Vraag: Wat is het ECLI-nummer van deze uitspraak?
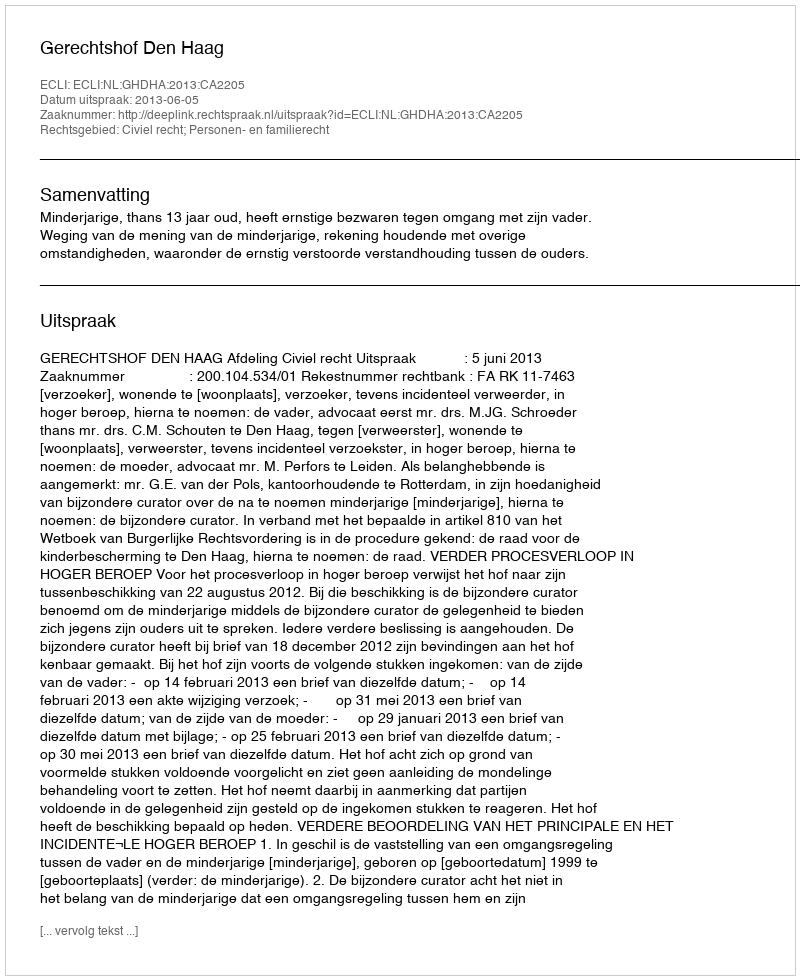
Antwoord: ECLI:NL:GHDHA:2013:CA2205